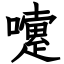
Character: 嚔